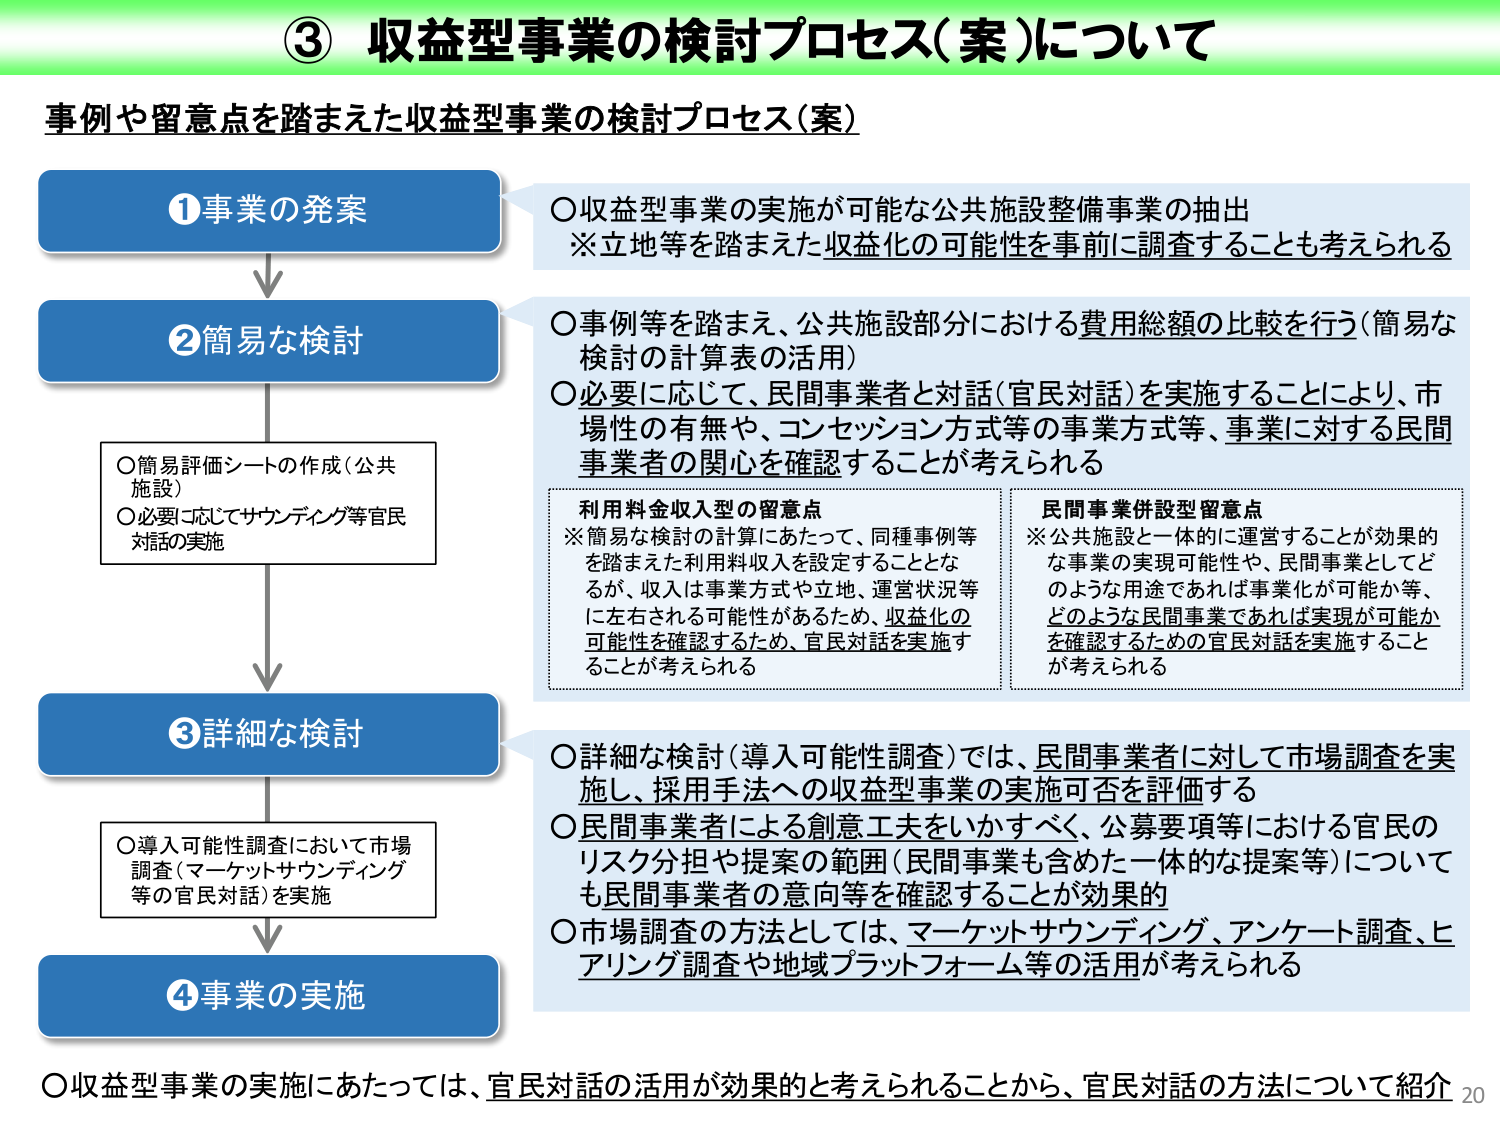
③ 収益型事業の検討プロセス（案）について

事例や留意点を踏まえた収益型事業の検討プロセス（案）

①事業の発案
○収益型事業の実施が可能な公共施設整備事業の抽出
※立地等を踏まえた収益化の可能性を事前に調査することも考えられる

②簡易な検討
○事例等を踏まえ、公共施設部分における費用総額の比較を行う（簡易な検討の計算表の活用）
○必要に応じて、民間事業者と対話（官民対話）を実施することにより、市場性の有無や、コンセッション方式等の事業方式等、事業に対する民間事業者の関心を確認することが考えられる

○簡易評価シートの作成（公共施設）
○必要に応じてサウンディング等官民対話の実施

利用料金収入型の留意点
※簡易な検討の計算にあたって、同種事例等を踏まえた利用料収入を設定することとなるが、収入は事業方式や立地、運営状況等に左右される可能性があるため、収益化の可能性を確認するため、官民対話を実施することが考えられる

民間事業併設型留意点
※公共施設と一体的に運営することが効果的な事業の実現可能性や、民間事業としてどのような用途であれば事業化が可能か等、どのような民間事業であれば実現が可能かを確認するための官民対話を実施することが考えられる

③詳細な検討
○詳細な検討（導入可能性調査）では、民間事業者に対して市場調査を実施し、採用手法への収益型事業の実施可否を評価する
○民間事業者による創意工夫をいかすべく、公募要項等における官民のリスク分担や提案の範囲（民間事業も含めた一体的な提案等）についても民間事業者の意向等を確認することが効果的
○市場調査の方法としては、マーケットサウンディング、アンケート調査、ヒアリング調査や地域プラットフォーム等の活用が考えられる

○導入可能性調査において市場調査（マーケットサウンディング等の官民対話）を実施

④事業の実施

○収益型事業の実施にあたっては、官民対話の活用が効果的と考えられることから、官民対話の方法について紹介

20